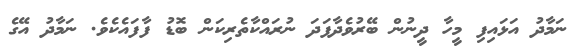
ނަމާދު އަޅައިފި މީހާ ދީނުން ބޭރުވެދާފަދަ ނުރައްކާތެރިކަން ބޮޑު ފާފައެކެވެ. ނަމާދު އޭގެ